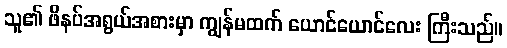
သူ၏ ဖိနပ်အရွယ်အစားမှာ ကျွန်မထက် ယောင်ယောင်လေး ကြီးသည်။